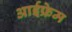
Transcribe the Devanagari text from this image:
आईफ्रेम